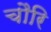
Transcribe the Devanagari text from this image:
चौरि